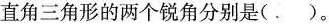
直角三角形的两个锐角分别是(.)